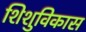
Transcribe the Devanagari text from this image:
शिशुविकास